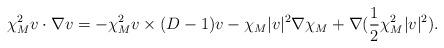
LaTeX: \begin{align*}\chi_M^2 v\cdot\nabla v = - \chi_M^2 v\times (D - 1)v -\chi_M|v|^2\nabla\chi_M + \nabla(\frac{1}{2}\chi_M^2 |v|^2).\end{align*}